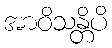
အာဝိသန္တိပိ